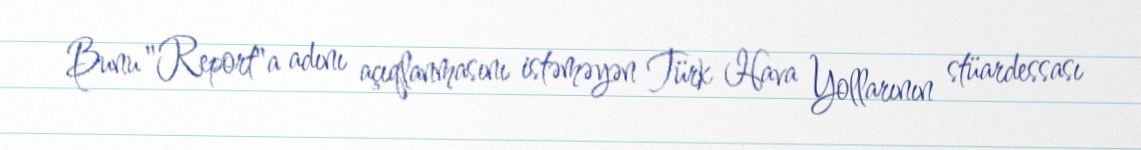
Bunu "Report"a adını açıqlanmasını istəməyən Türk Hava Yollarının stüardessası